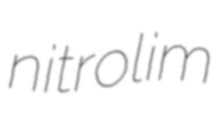
nitrolim